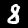
Digit: 8